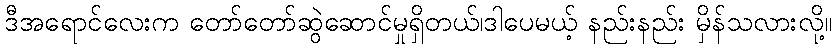
ဒီအရောင်လေးက တော်တော်ဆွဲဆောင်မှုရှိတယ်၊ဒါပေမယ့် နည်းနည်း မှိန်သလားလို့။